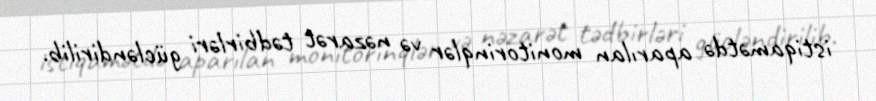
istiqamətdə aparılan monitorinqlər və nəzarət tədbirləri gücləndirilib.